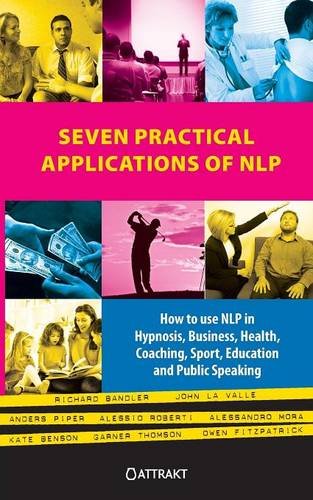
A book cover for Seven Practical Applications of Nlp; Richard Bandler; Self-Help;